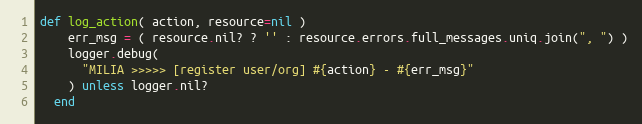
Language: Ruby
def log_action( action, resource=nil )
    err_msg = ( resource.nil? ? '' : resource.errors.full_messages.uniq.join(", ") )
    logger.debug(
      "MILIA >>>>> [register user/org] #{action} - #{err_msg}"
    ) unless logger.nil?
  end